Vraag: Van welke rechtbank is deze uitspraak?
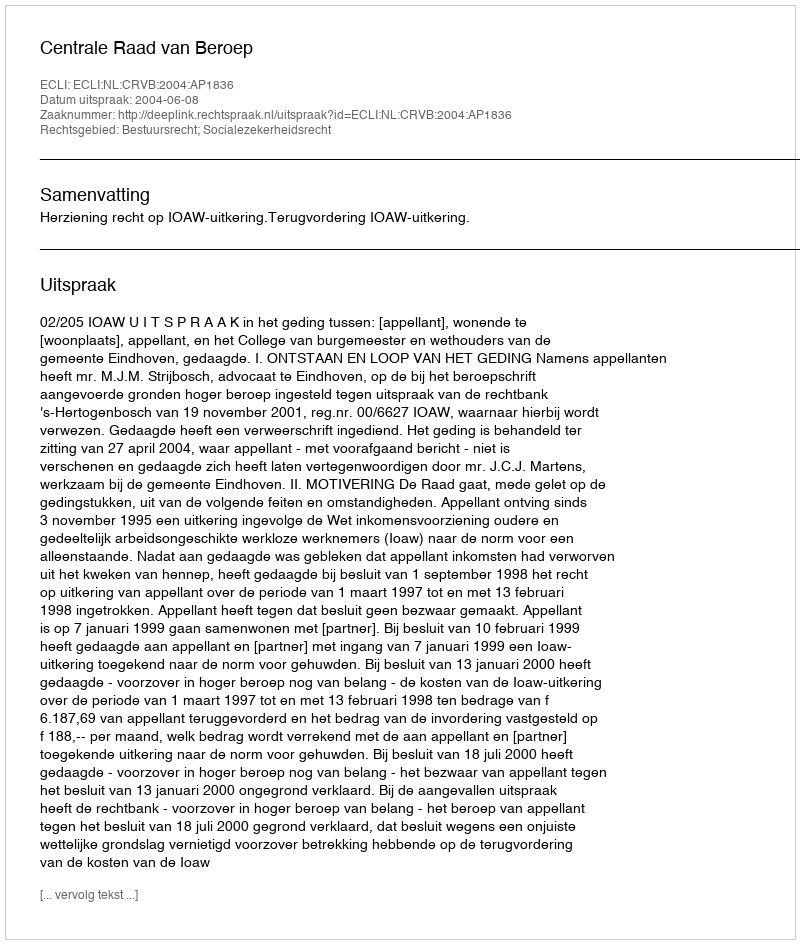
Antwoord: Centrale Raad van Beroep